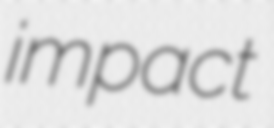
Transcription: impact